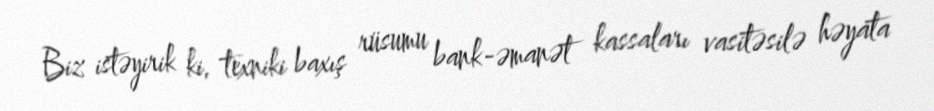
Biz istəyirik ki, texniki baxış rüsumu bank-əmanət kassaları vasitəsilə həyata